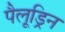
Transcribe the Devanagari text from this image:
पैलूड्रिन